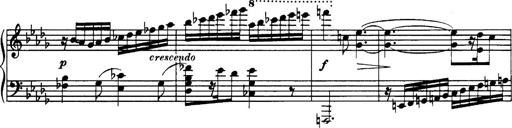
Title: 3 Sonatinas, Op.67
Composer: Jean Sibelius